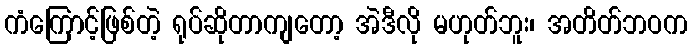
ကံကြောင့်ဖြစ်တဲ့ ရုပ်ဆိုတာကျတော့ အဲဒီလို မဟုတ်ဘူး၊ အတိတ်ဘဝက